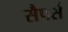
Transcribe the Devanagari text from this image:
सैपर्स